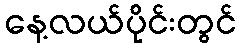
နေ့လယ်ပိုင်းတွင်